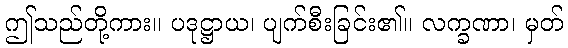
ဤသည်တို့ကား။ ပဒုဋ္ဌာယ၊ ပျက်စီးခြင်း၏။ လက္ခဏာ၊ မှတ်